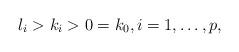
LaTeX: \begin{align*} l_i > k_i > 0 = k_0, i = 1, \dots, p, \end{align*}